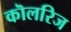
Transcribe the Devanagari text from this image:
कॊलरिज